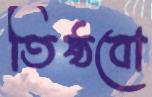
তিষ্ঠবো